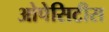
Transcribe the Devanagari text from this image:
ओपेसिटीस